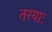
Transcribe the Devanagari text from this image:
तस्याः